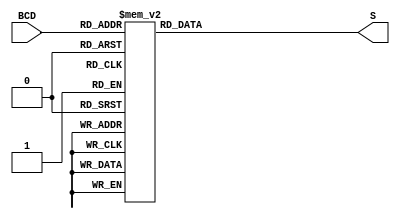
/* 7seg decoder */
module dec7seg(BCD, S);

input [3:0] BCD;
output [6:0] S;

wire [3:0] BCD;
wire [6:0] S;

assign S = dec(BCD);

function [6:0] dec;
    input [3:0] BCD;

    case (BCD)
        4'd0: dec = 7'b1111110;
        4'd1: dec = 7'b0110000;
        4'd2: dec = 7'b1101101;
        4'd3: dec = 7'b1111001;
        4'd4: dec = 7'b0110011;
        4'd5: dec = 7'b1011011;
        4'd6: dec = 7'b1011111;
        4'd7: dec = 7'b1110000;
        4'd8: dec = 7'b1111111;
        4'd9: dec = 7'b1111011;
    default: dec = 8'bxxxxxxxx;
    endcase
    
endfunction

endmodule